Indian journal of veterinary science and animal husbandry - Volumes 22-23, 1952-1953
Year: 1952
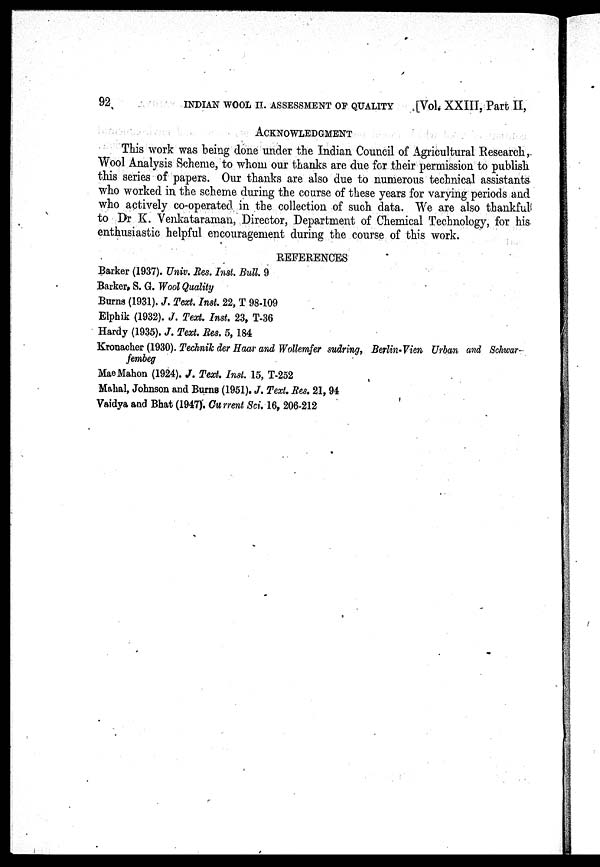
92
INDIAN WOOL II. ASSESSMENT OF QUALITY [Vol. XXIII, Part II,
ACKNOWLEDGMENT
This work was being done under the Indian Council of Agricultural Research,.
Wool Analysis Scheme, to whom our thanks are due for their permission to publish
this series of papers. Our thanks are also due to numerous technical assistants
who worked in the scheme during the coarse of these years for varying periods and
who actively co-operated in the collection of such data. We are also thankful
to Dr K. Venkataraman, Director, Department of Chemical Technology, for his
enthusiastic helpful encouragement during the course of this work.
REFERENCES
Barker (1937). Univ. Res. Inst. Bull 9
Barker, S. G. Wool Quality
Burns (1931). J. Text. Inst. 22, T 98-109
Elphik (1932). J. Text. Inst. 23, T-36
Hardy (1935). J. Text. Res. 5, 184
Kronacher (1930). Technik der Haar and Wollemfer sudring, Berlin-Vien Urban and Schwar-
fembeg
MaeMahon (1924). J. Text. Inst. 15, T-252
Mahal, Johnson and Burns (1951). J. Text. Res. 21, 94
Vaidya and Bhat (1947). Current Sci. 16, 206-212